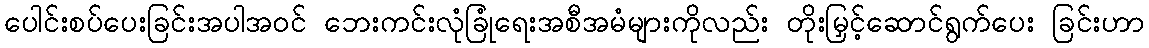
ပေါင်းစပ်ပေးခြင်းအပါအဝင် ဘေးကင်းလုံခြုံရေးအစီအမံများကိုလည်း တိုးမြှင့်ဆောင်ရွက်ပေး ခြင်းဟာ